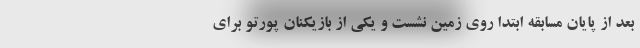
بعد از پایان مسابقه ابتدا روی زمین نشست و یکی از بازیکنان پورتو برای